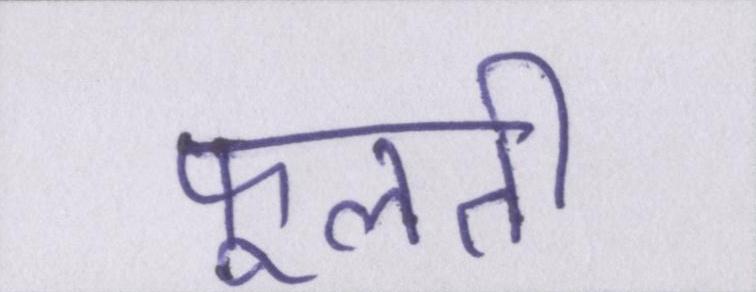
फूलती